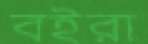
বইরা